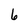
Character: 6